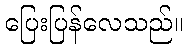
ပြေးပြန်လေသည်။